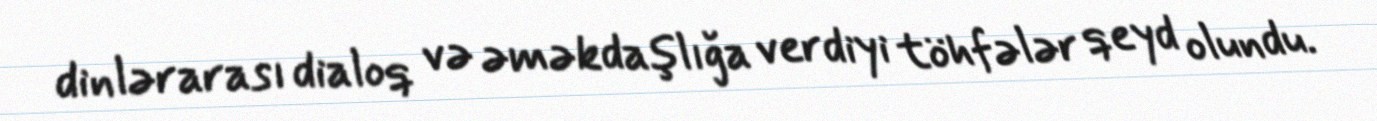
dinlərarası dialoq və əməkdaşlığa verdiyi töhfələr qeyd olundu.